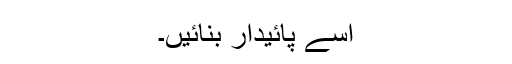
اسے پائیدار بنائیں۔